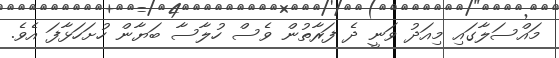
މައްސަލާގައި މިއަދު ވަނީ ދެ ފަރާތުން ވެސް ހުލާސާ ބަޔާން ހުށަހަޅާފަ އެވެ.